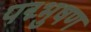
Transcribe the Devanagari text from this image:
पद्म्भुषण